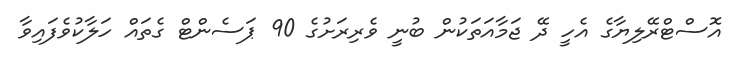
އޮސްޓްރޭލިޔާގެ އެހީ ދޭ ޖަމާއަތަކުން ބުނީ ވެރިރަށުގެ 90 ޕަސެންޓް ގެތައް ހަލާކުވެފައިވާ